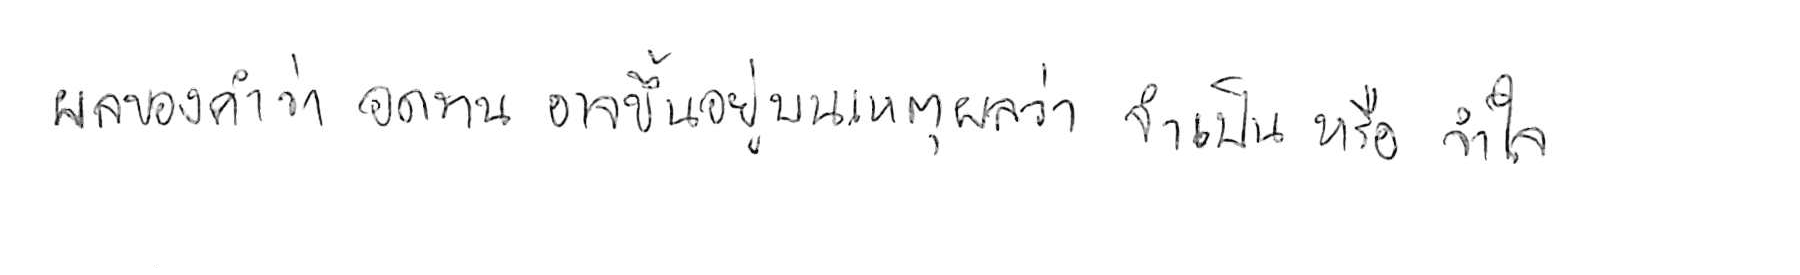
ผลของคำว่า อดทน อาจขึ้นอยู่บนเหตุผลว่า จำเป็น หรือ จำใจ